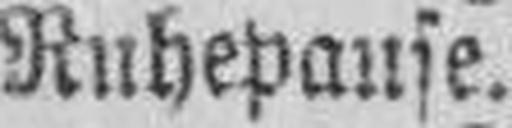
Ruhepause.